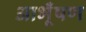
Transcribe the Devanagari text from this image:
आभूँषण